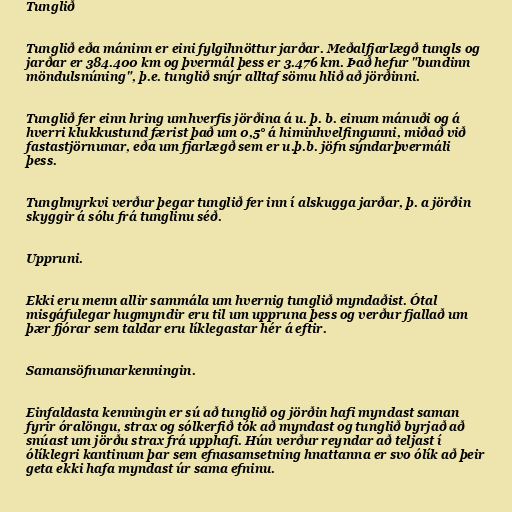
Tunglið

Tunglið eða máninn er eini fylgihnöttur jarðar. Meðalfjarlægð tungls og
jarðar er 384.400 km og þvermál þess er 3.476 km. Það hefur "bundinn
möndulsnúning", þ.e. tunglið snýr alltaf sömu hlið að jörðinni.

Tunglið fer einn hring umhverfis jörðina á u. þ. b. einum mánuði og á
hverri klukkustund færist það um 0,5° á himinhvelfingunni, miðað við
fastastjörnunar, eða um fjarlægð sem er u.þ.b. jöfn sýndarþvermáli
þess.

Tunglmyrkvi verður þegar tunglið fer inn í alskugga jarðar, þ. a jörðin
skyggir á sólu frá tunglinu séð.

Uppruni.

Ekki eru menn allir sammála um hvernig tunglið myndaðist. Ótal
misgáfulegar hugmyndir eru til um uppruna þess og verður fjallað um
þær fjórar sem taldar eru líklegastar hér á eftir.

Samansöfnunarkenningin.

Einfaldasta kenningin er sú að tunglið og jörðin hafi myndast saman
fyrir óralöngu, strax og sólkerfið tók að myndast og tunglið byrjað að
snúast um jörðu strax frá upphafi. Hún verður reyndar að teljast í
ólíklegri kantinum þar sem efnasamsetning hnattanna er svo ólík að þeir
geta ekki hafa myndast úr sama efninu.